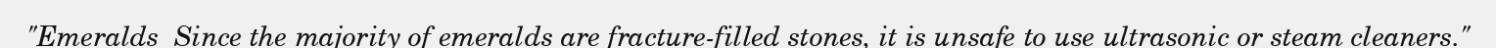
"Emeralds  Since the majority of emeralds are fracture-filled stones, it is unsafe to use ultrasonic or steam cleaners."